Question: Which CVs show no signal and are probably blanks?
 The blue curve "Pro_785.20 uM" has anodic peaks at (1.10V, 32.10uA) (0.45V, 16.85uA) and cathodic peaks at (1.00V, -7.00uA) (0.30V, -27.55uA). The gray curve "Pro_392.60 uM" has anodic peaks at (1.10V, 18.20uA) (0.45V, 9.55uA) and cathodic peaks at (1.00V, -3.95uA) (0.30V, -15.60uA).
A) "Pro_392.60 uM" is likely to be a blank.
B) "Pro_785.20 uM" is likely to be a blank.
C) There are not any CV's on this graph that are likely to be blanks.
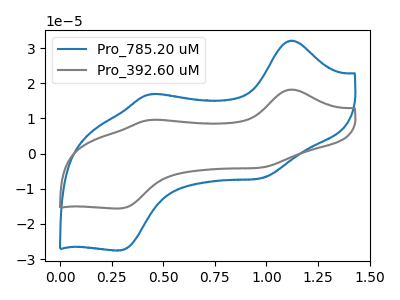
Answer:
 <answer>C) There are not any CV's on this graph that are likely to be blanks.</answer>
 <eval>C</eval>